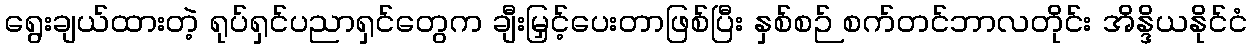
ရွေးချယ်ထားတဲ့ ရုပ်ရှင်ပညာရှင်တွေက ချီးမြှင့်ပေးတာဖြစ်ပြီး နှစ်စဉ် စက်တင်ဘာလတိုင်း အိန္ဒိယနိုင်ငံ